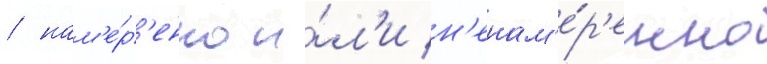
/ нам'е́р'енно и́л'и н'енам'е́р'енно